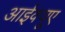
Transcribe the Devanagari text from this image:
आईक्यूए